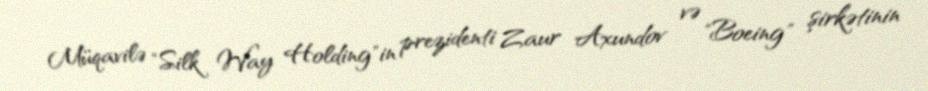
Müqavilə "Silk Way Holding"in prezidenti Zaur Axundov və "Boeing" şirkətinin